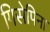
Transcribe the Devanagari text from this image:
गिसेपिना